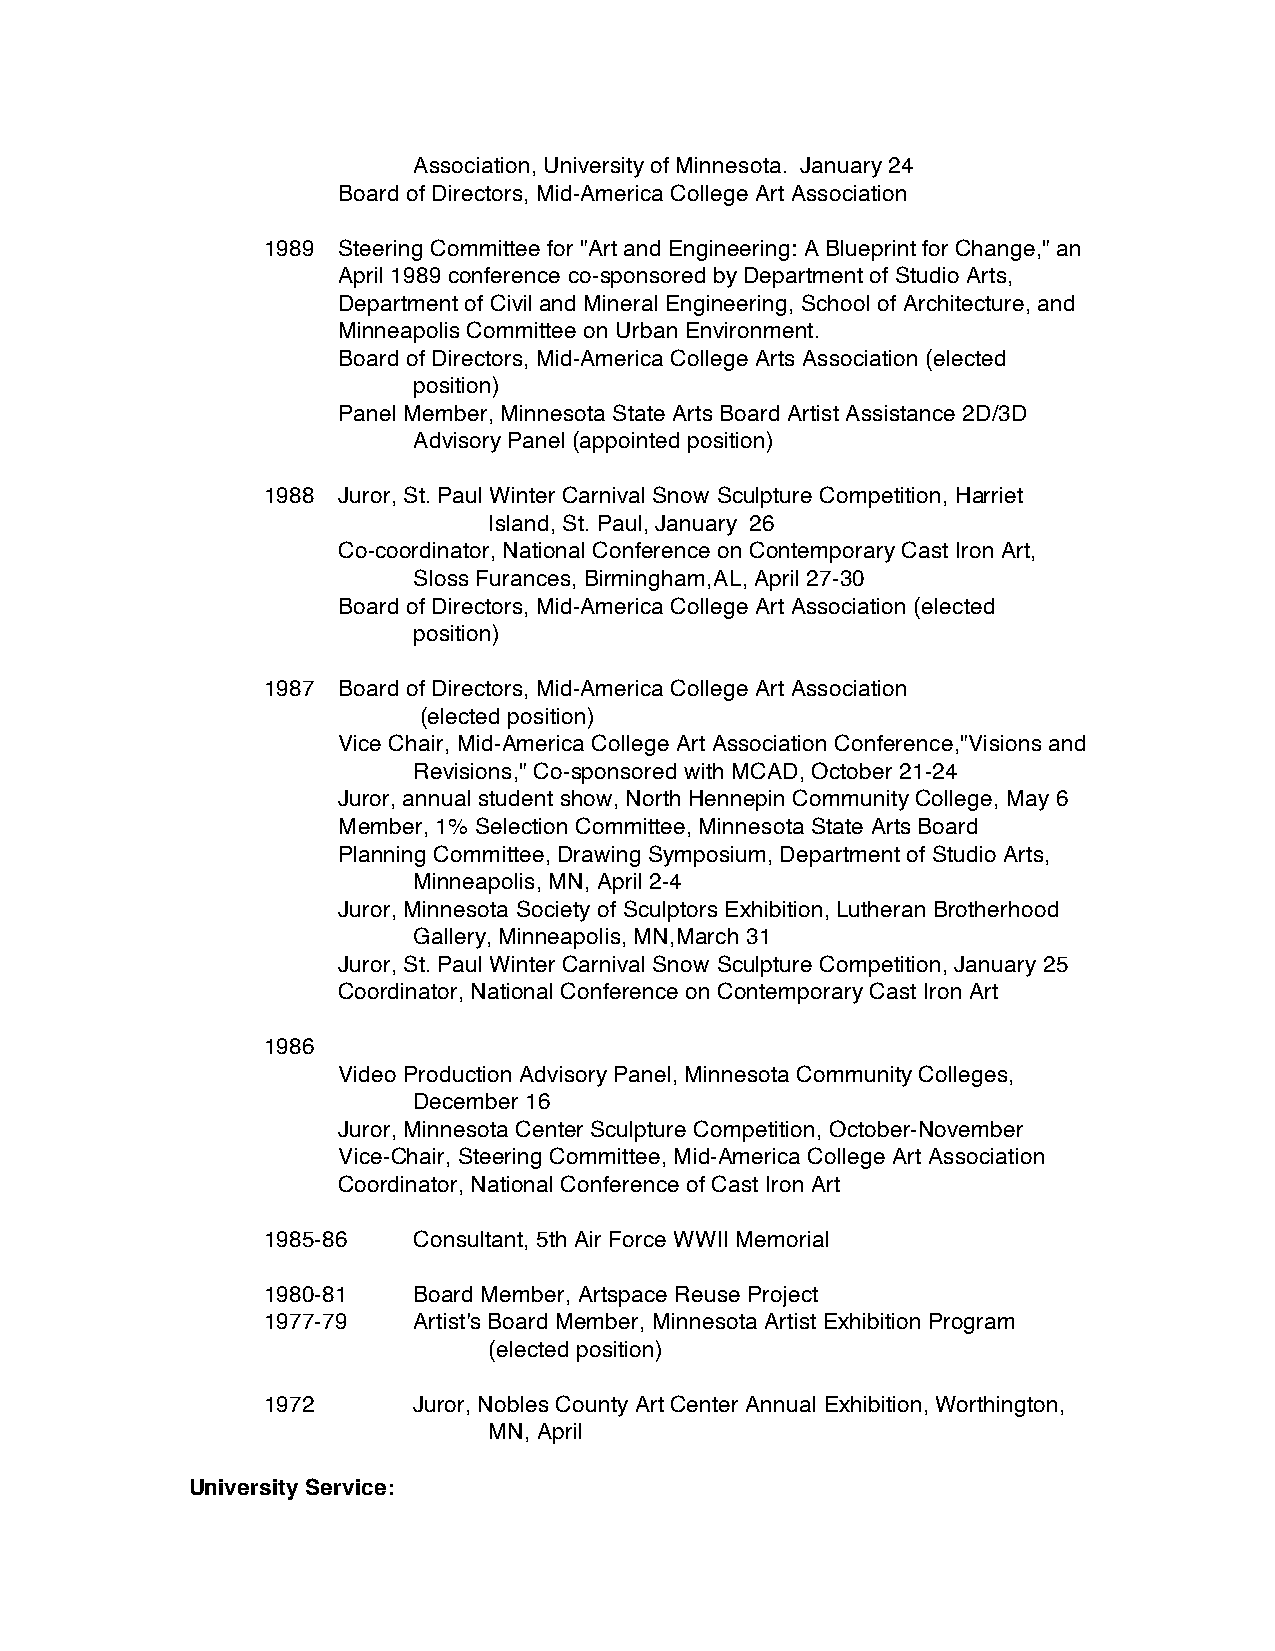
Association, University of Minnesota. January 24
 Board of Directors, Mid-America College Art Association
 1989 Steering Committee for "Art and Engineering: A Blueprint for Change," an
 April 1989 conference co-sponsored by Department of Studio Arts,
 Department of Civil and Mineral Engineering, School of Architecture, and
 Minneapolis Committee on Urban Environment.
 Board of Directors, Mid-America College Arts Association (elected
 position)
 Panel Member, Minnesota State Arts Board Artist Assistance 2D/3D
 Advisory Panel (appointed position)
 1988 Juror, St. Paul Winter Carnival Snow Sculpture Competition, Harriet
 Island, St. Paul, January 26
 Co-coordinator, National Conference on Contemporary Cast Iron Art,
 Sloss Furances, Birmingham, AL, April 27-30
 Board of Directors, Mid-America College Art Association (elected
 position)
 1987 Board of Directors, Mid-America College Art Association
 (elected position)
 Vice Chair, Mid-America College Art Association Conference,"Visions and
 Revisions," Co-sponsored with MCAD, October 21-24
 Juror, annual student show, North Hennepin Community College, May 6
 Member, 1% Selection Committee, Minnesota State Arts Board
 Planning Committee, Drawing Symposium, Department of Studio Arts,
 Minneapolis, MN, April 2-4
 Juror, Minnesota Society of Sculptors Exhibition, Lutheran Brotherhood
 Gallery, Minneapolis, MN,March 31
 Juror, St. Paul Winter Carnival Snow Sculpture Competition, January 25
 Coordinator, National Conference on Contemporary Cast Iron Art
 1986
 Video Production Advisory Panel, Minnesota Community Colleges,
 December 16
 Juror, Minnesota Center Sculpture Competition, October-November
 Vice-Chair, Steering Committee, Mid-America College Art Association
 Coordinator, National Conference of Cast Iron Art
 1985-86   Consultant, 5th Air Force WWII Memorial
 1980-81   Board Member, Artspace Reuse Project
 1977-79   Artist's Board Member, Minnesota Artist Exhibition Program
 (elected position)
 1972      Juror, Nobles County Art Center Annual Exhibition, Worthington,
 MN, April
 University Service: